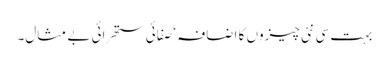
بہت سی نئی چیزوں کا اضافہ ‘ صفائی ستھرائی بے مثال۔